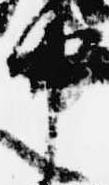
中